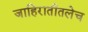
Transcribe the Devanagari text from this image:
जाहिरातीतलेच